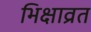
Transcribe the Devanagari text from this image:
भिक्षाव्रत